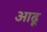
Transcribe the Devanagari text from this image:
आढ़ू